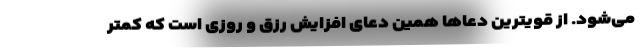
می‌شود. از قویترین دعاها همین دعای افزایش رزق و روزی است که کمتر